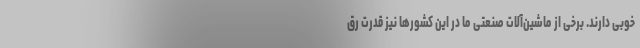
خوبی دارند. برخی از ماشین‌آلات صنعتی ما در این کشورها نیز قدرت رق